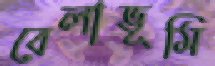
বেলাভূমি